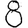
Digit: 8